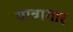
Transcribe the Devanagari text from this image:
यात्रागार